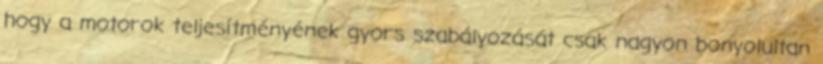
hogy a motorok teljesítményének gyors szabályozását csak nagyon bonyolultan